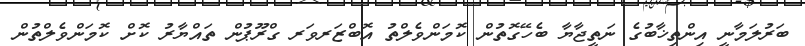
ބަރުލަމާނީ އިންތިޚާބުގެ ނަތީޖާޔާ ބެހޭގޮތުން ކޮމަންވެލްތު އޮބްޒަރވަރ ގްރޫޕުން ތައްޔާރު ކޮށް ކޮމަންވެލްތުން